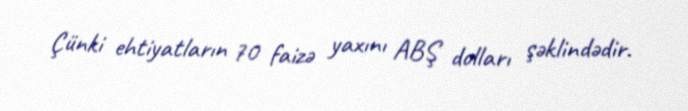
Çünki ehtiyatların 70 faizə yaxını ABŞ dolları şəklindədir.